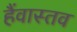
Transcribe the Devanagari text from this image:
हैंवास्तव